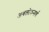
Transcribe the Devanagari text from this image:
अवलोकनार्थ